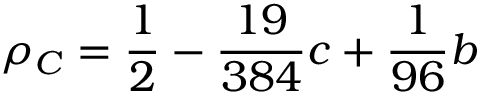
\rho _ { C } = \frac { 1 } { 2 } - \frac { 1 9 } { 3 8 4 } c + \frac { 1 } { 9 6 } b